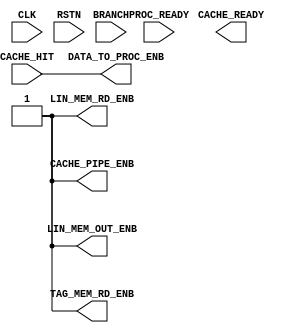
module Ins_Cache_Control #(
        // Fixed parameters
        localparam ADDR_WIDTH = 32,
        localparam DATA_WIDTH = 32,
        
        // Primary parameters
        parameter S         = 17,                    // Size of the cache will be 2^S bits
        parameter B         = 9,                     // Size of a block will be 2^B bits
        parameter a         = 1,                     // Associativity of the cache would be 2^a
        parameter T         = 3,                     // Width to depth translation amount
        parameter N         = 3,                     // Number of stream buffers
        parameter W         = 7,                     // Width of the L2-L1 bus would be 2^W
        parameter L2_DELAY  = 5,                     // Delay of the second level of cache
                
        // Calculated parameters        
        localparam ASSOCIATIVITY = 1 << a,
        localparam TAG_WIDTH = ADDR_WIDTH + 3 + a - S,
        
        localparam TAG_RAM_WIDTH = TAG_WIDTH + 1,
        localparam LINE_RAM_WIDTH   = 1 << (B - T),
        localparam L2_BUS_WIDTH     = 1 << W
    ) (
        input CLK,
        input RSTN,
        
        // Cache hit status
        input CACHE_HIT,
        input BRANCH,
        
        // Processor cache communications
        output CACHE_READY,                                         // Signal from cache to processor that its pipeline is currently ready to work
        input PROC_READY,                                           // Signal from processor to cache that its pipeline is currently ready to work
        
        // Pipeline enable signals
        output CACHE_PIPE_ENB,                                       // Enable for cache's pipeline registers
        output DATA_TO_PROC_ENB,                                     // Enable signal for the IR register
        
        // Tag memory control signals
        output TAG_MEM_RD_ENB,                                       // Common read enable for the tag memories
        
        // Line memory control signals
        output LIN_MEM_RD_ENB,                                       // Common read enables for the line memories
        output LIN_MEM_OUT_ENB                                       // Common output register enable for the line memories
       
    );
    
    assign DATA_TO_PROC_ENB = CACHE_HIT;
    assign CACHE_PIPE_ENB = 1;
    assign LIN_MEM_RD_ENB = 1;
    assign LIN_MEM_OUT_ENB = 1;
    assign TAG_MEM_RD_ENB = 1;
   
    
endmodule